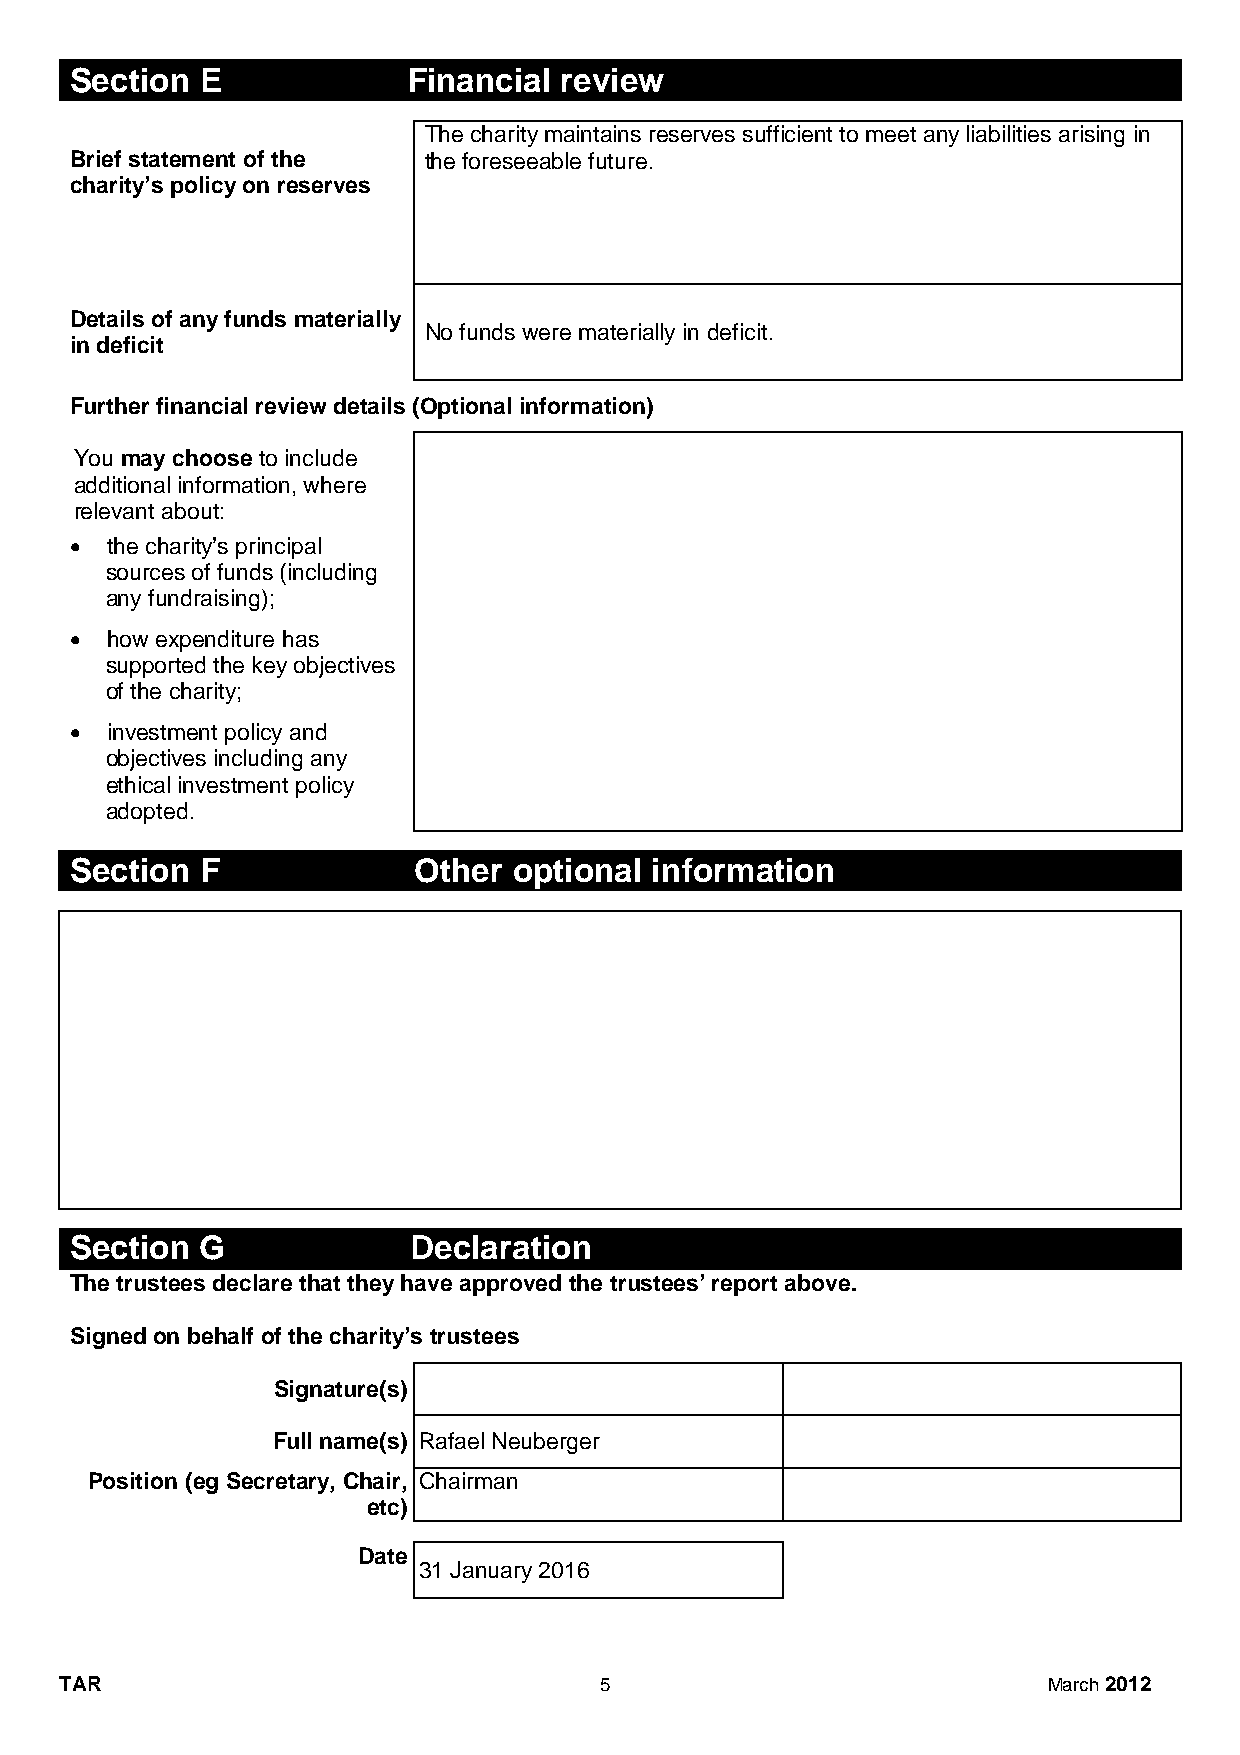
Section E             Financial review
 The charity maintains reserves sufficient to meet any liabilities arising in
 Brief statement of the the foreseeable future.
 charity’s policy on reserves
 Details of any funds materially
 No funds were materially in deficit.
 in deficit
 Further financial review details (Optional information)
 You may choose to include
 additional information, where
 relevant about:
 • the charity’s principal
 sources of funds (including
 any fundraising);
 • how expenditure has
 supported the key objectives
 of the charity;
 • investment policy and
 objectives including any
 ethical investment policy
 adopted.
 Section F             Other  optional information
 Section G             Declaration
 The trustees declare that they have approved the trustees’ report above.
 Signed on behalf of the charity’s trustees
 Signature(s)
 Full name(s) Rafael Neuberger
 Position (eg Secretary, Chair, Chairman
 etc)
 Date
 31 January 2016
 TAR                                 5                            March 2012